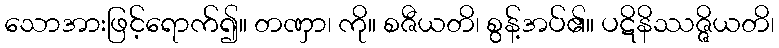
သောအားဖြင့်ရောက်၍။ တဏှာ၊ ကို။ စဇီယတိ၊ စွန့်အပ်၏။ ပဋိနိဿဇ္ဇိယတိ၊